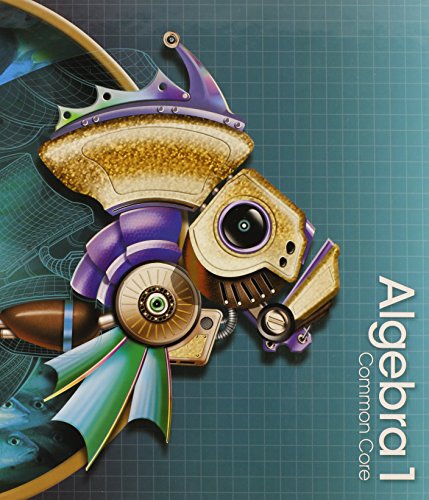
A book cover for HIGH SCHOOL MATH 2015 COMMON CORE ALGEBRA 1 STUDENT EDITION GRADE 8/9; PRENTICE HALL; Education & Teaching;